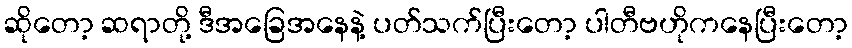
ဆိုတော့ ဆရာတို့ ဒီအခြေအနေနဲ့ ပတ်သက်ပြီးတော့ ပါတီဗဟိုကနေပြီးတော့